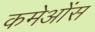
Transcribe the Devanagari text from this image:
कमेओंस